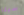
سيئا